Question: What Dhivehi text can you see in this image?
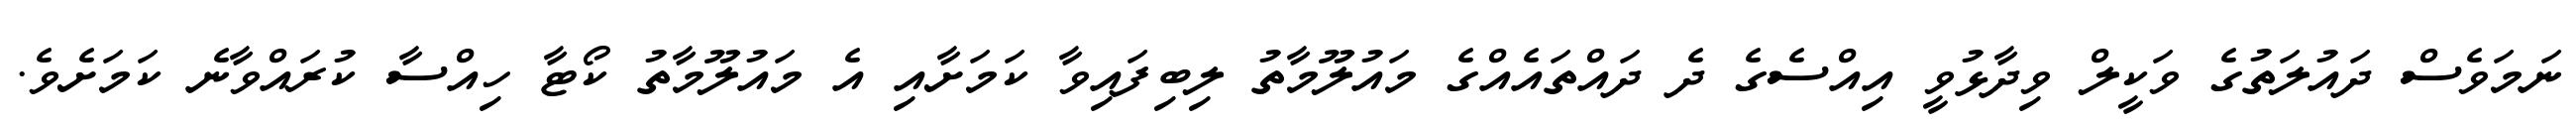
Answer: ނަމަވެސް ދައުލަތުގެ ވަކީލް ވިދާޅުވީ އިއްސެގެ ދެ ދައްތައެއްގެ މައުލޫމާތު ލިބިފައިވާ ކަމަށާއި އެ މައުލޫމާތު ކޯޓާ ހިއްސާ ކުރައްވާނެ ކަމަށެވެ.